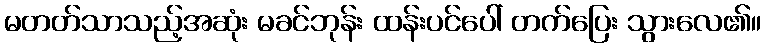
မတတ်သာသည့်အဆုံး မခင်ဘုန်း ထန်းပင်ပေါ် တက်ပြေး သွားလေ၏။